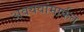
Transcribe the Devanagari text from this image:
अवयवांमार्फत